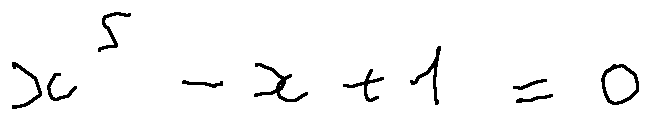
x ^ { 5 } - x + 1 = 0